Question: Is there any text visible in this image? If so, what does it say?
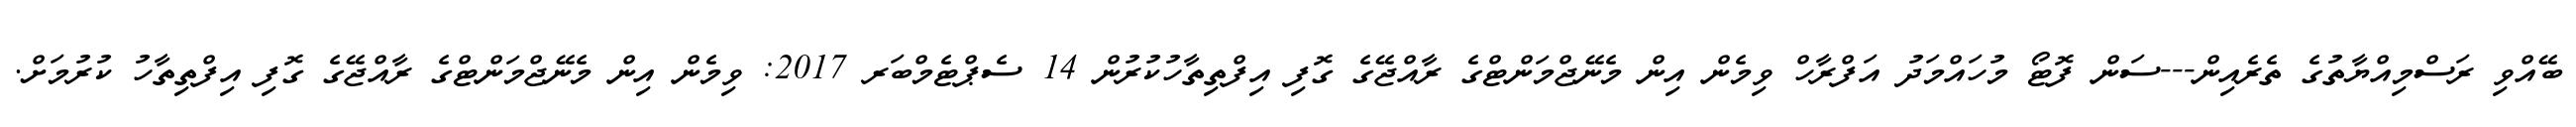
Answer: ބޭއްވި ރަސްމިއްޔާތުގެ ތެރެއިން---ސަން ފޮޓޯ މުހައްމަދު އަފްރާހް ވިމެން އިން މެނޭޖްމަންޓްގެ ރާއްޖޭގެ ގޮފި އިފްތިތާހުކުރުން 14 ސެޕްޓެމްބަރ 2017: ވިމެން އިން މެނޭޖްމަންޓްގެ ރާއްޖޭގެ ގޮފި އިފްތިތާހު ކުރުމަށް.